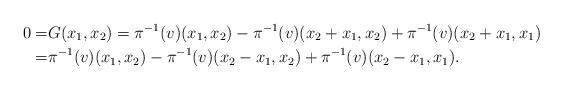
LaTeX: \begin{align*} 0=&G(x_1,x_2)= \pi^{-1}(v)(x_1,x_2)-\pi^{-1}(v)(x_2+x_1,x_2)+\pi^{-1}(v)(x_2+x_1,x_1)\\=&\pi^{-1}(v)(x_1,x_2)-\pi^{-1}(v)(x_2-x_1,x_2)+\pi^{-1}(v)(x_2-x_1,x_1).\end{align*}